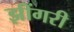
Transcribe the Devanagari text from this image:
झींगरी